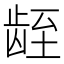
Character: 𬺁